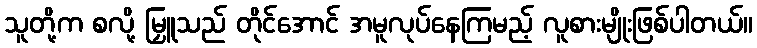
သူတို့က စလို့ မြှူသည် တိုင်အောင် အမူလုပ်နေကြမည့် လူစားမျိုးဖြစ်ပါတယ်။